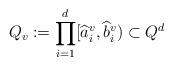
LaTeX: \begin{align*} Q_v:=\prod\limits_{i=1}^d [\widehat a_i^v, \widehat b_i^v) \subset Q^d\end{align*}